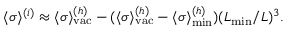
\langle \sigma \rangle ^ { ( i ) } \approx \langle \sigma \rangle _ { \mathrm { \scriptsize { v a c } } } ^ { ( h ) } - ( \langle \sigma \rangle _ { \mathrm { \scriptsize { v a c } } } ^ { ( h ) } - \langle \sigma \rangle _ { \mathrm { \scriptsize { m i n } } } ^ { ( h ) } ) ( L _ { \mathrm { \scriptsize { m i n } } } / L ) ^ { 3 } .